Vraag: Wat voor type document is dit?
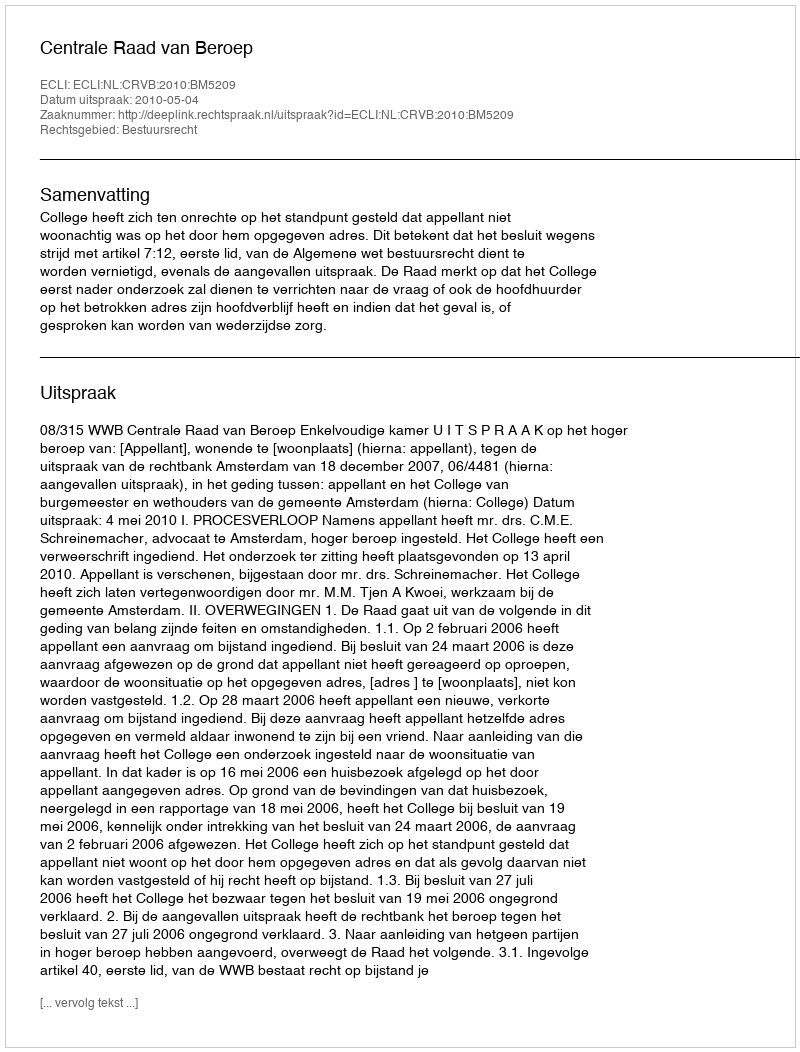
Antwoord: Uitspraak